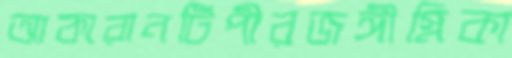
আকারানটিপীরজঙ্গীস্নিকা